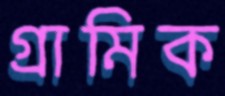
গ্রামিক